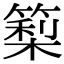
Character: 𥲧